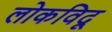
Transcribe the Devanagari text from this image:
लोकविदू